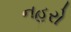
નહરો